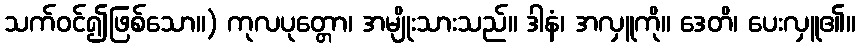
သက်ဝင်၍ဖြစ်သော။) ကုလပုတ္တော၊ အမျိုးသားသည်။ ဒါနံ၊ အလှူကို။ ဒေတိ၊ ပေးလှူ၏။